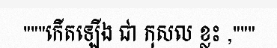
"""កើតឡើង ជា កុសល ខ្លះ ,"""